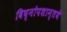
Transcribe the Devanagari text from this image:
विघ्नोपशान्तये